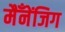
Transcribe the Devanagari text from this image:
मैँनेंजिग